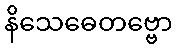
နိသေဓေတဗ္ဗော